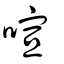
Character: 喧